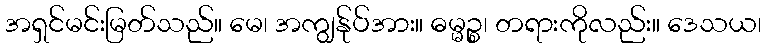
အရှင်မင်းမြတ်သည်။ မေ၊ အကျွန်ုပ်အား။ ဓမ္မဉ္စ၊ တရားကိုလည်း။ ဒေသယ၊